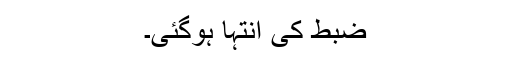
ضبط کی انتہا ہوگئی۔